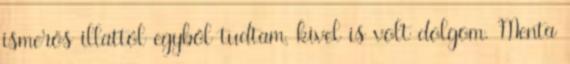
ismerős illattól egyből tudtam, kivel is volt dolgom. Menta